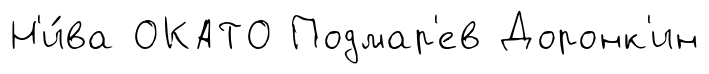
Н'и́ва ОКАТО Подмар'ев Доронк'ин